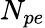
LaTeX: N_{pe}